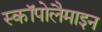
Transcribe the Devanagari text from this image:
स्कॉपोलैमाइन